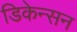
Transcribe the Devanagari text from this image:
डिकेन्सन